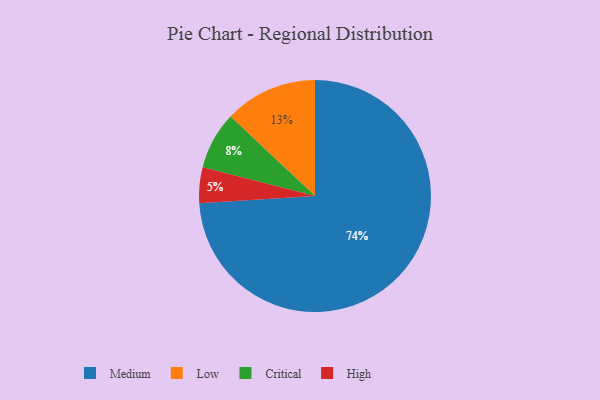
{"axis": {"x": "Category", "y": "Percentage"}, "legend": ["Critical", "High", "Low", "Medium"], "data": [{"x": "Low", "y": 13, "type": "Low"}, {"x": "Critical", "y": 8, "type": "Critical"}, {"x": "High", "y": 5, "type": "High"}, {"x": "Medium", "y": 74, "type": "Medium"}]}